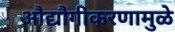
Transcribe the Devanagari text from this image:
औद्यौगीकरणामुळे